画像に写った文字を読んでください
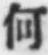
「何」と書いてあります